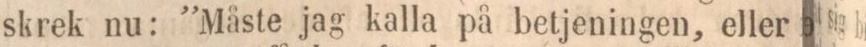
skrek nu: ”Måste jag kalla på betjeningen, eller